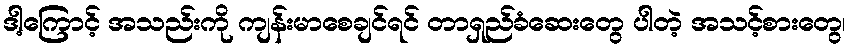
ဒါ့ကြောင့် အသည်းကို ကျန်းမာစေချင်ရင် တာရှည်ခံဆေးတွေ ပါတဲ့ အသင့်စားတွေ၊